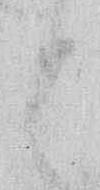
と